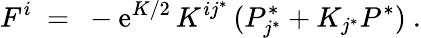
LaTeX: F^{i}\ =\ -\mathrm{e}^{K/2}\, K^{ij^{*}}\, (P_{j^{*}}^{*}+K_{j^{*}}P^{*})~.